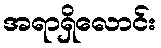
အရာရှိလောင်း